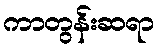
ကာတွန်းဆရာ